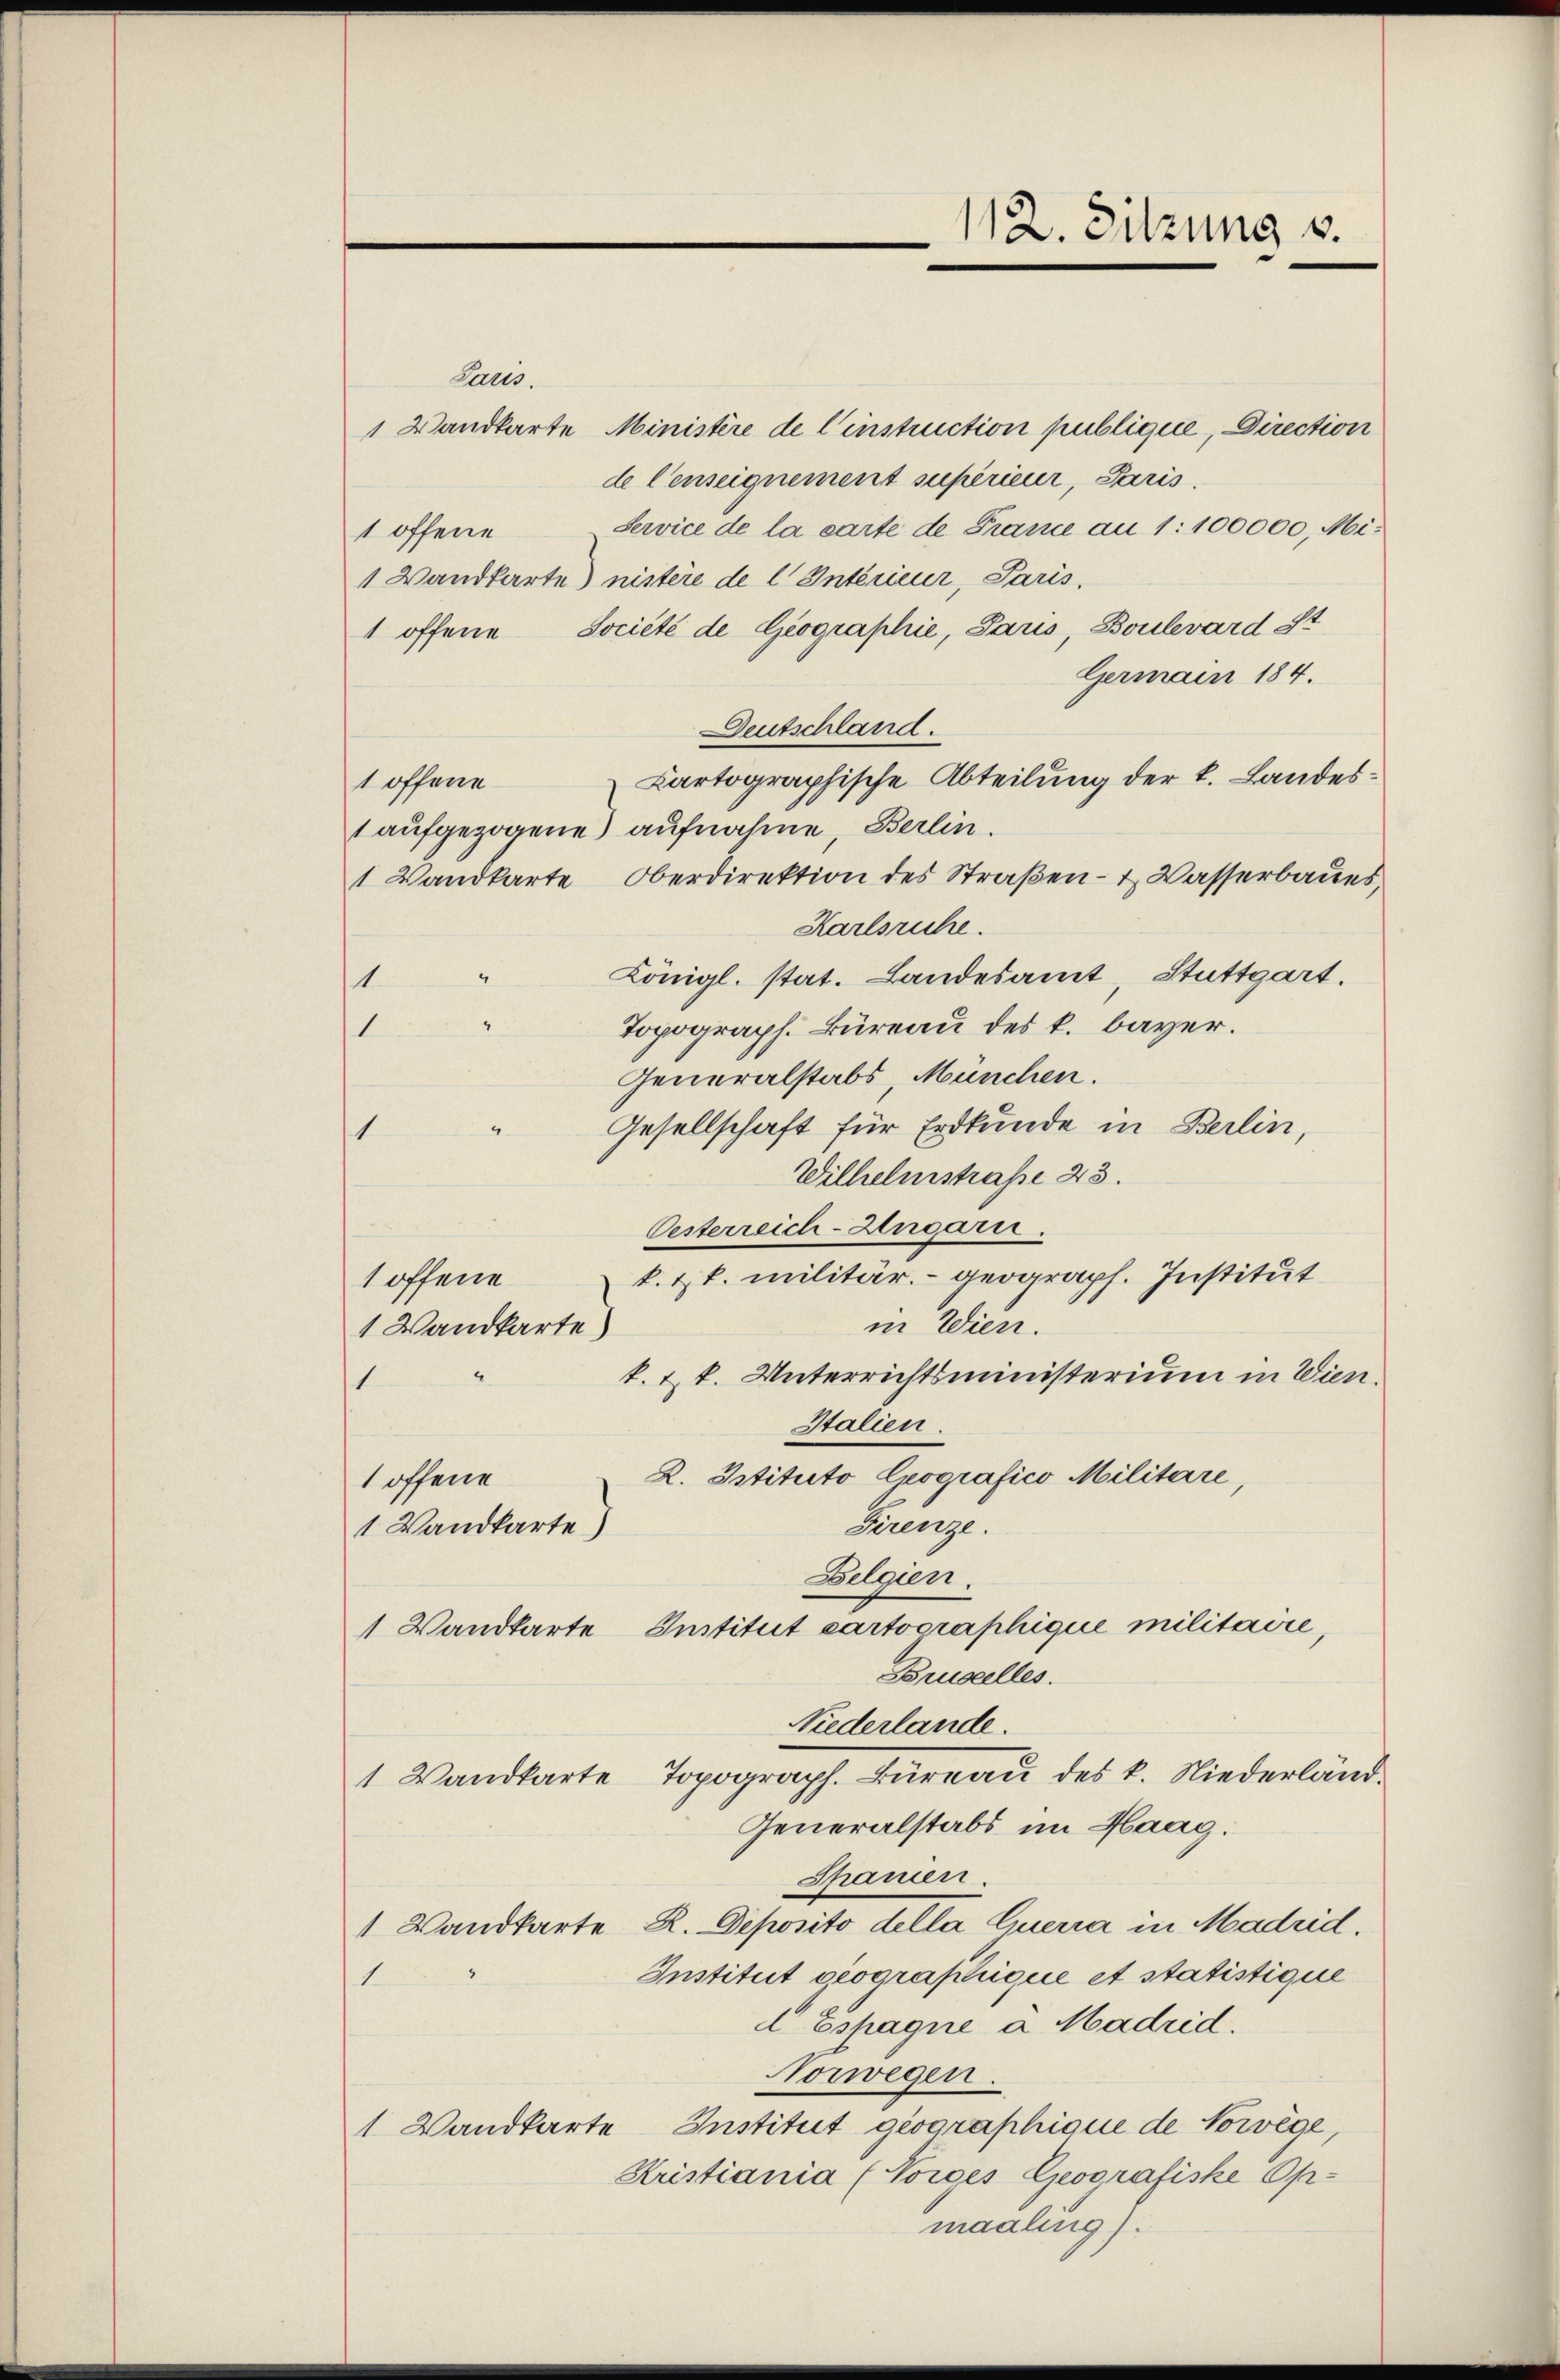
Paris.
1 Wandkarte Ministère de l’instruction publique, Direction
de Censeignement supérieur, Paris.
Service de la carte de Prance an 1:100000, Mi¬
1 offene
1 Wandkarte) nistere de l Intérieur, Paris,
1 offene Société de Geographie, Paus, Boulevard St
Germain 184.
Deutschland.
Kartographische Abteilung der k. Landes¬
1 offene
1 aufgezogene aufnahme, Berlin.
1 Wandkarte Oberdirektion des Straßen- & Wasserbaues,
Karlsruhe.
Königl. stat. Landesamt, Stuttgart.
4
1
Topograph. Büreau des k. bayer.
1
Generalstabs, München.
Gesellschaft für Erdkunde in Berlin,
1
Wilhelmstraße 43.
Oesterreich-Ungarn.
k. Zt. militär. - geograph. Institut
1 offene
in Wien.
1 Wandkarte)
k. Zk. Unterrichtsministerium in Wien.
1
Italien.
2. Istituto Cografico Militare,
1 offene
Firenze.
1 Wandkarte)
Belgien.
1 Wandtarte Institut cartographique militaire,
Brustelles.
Niederlande.
1 Wandkarte Topograph. Bureau des k. Niederländ
Generalstabs im Haag.
Shanien.
1 Wandkarte R. Deposito della Querra in Madrid.
Institut geographique et statistique
1
d Espagne a Madrid.
orwegen.
1 Wandkarte Institut geographique de Vorige,
Kristiania (Vorges Geografiske Op-
maaling).

112. Sitzung u.